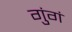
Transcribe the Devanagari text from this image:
गुंगं